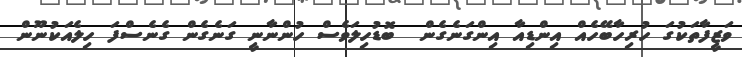
ވަޒީފާތަކުގަ ހުރިހާބޭހެއް އިންޑިއާ އިންގަނެގެން  ބޮޑުހިލަވެސް ހުންނާނީ ގަނެގެން ގެނެސްފަ ހިލެއަކުނޫން